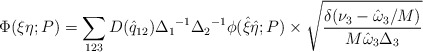
\begin{align*}\Phi(\xi \eta; P) = \sum_{123} D({\hat q}_{12}){\Delta_1}^{-1}{\Delta_2}^{-1}\phi ({\hat \xi} {\hat \eta}; P) \times \sqrt{{\delta(\nu_3 -{\hat \omega}_3/M)} \over{M {\hat \omega}_3 {\Delta}_3}}\end{align*}